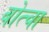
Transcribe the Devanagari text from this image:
बोत्चा